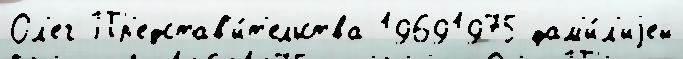
Ол'ег Пр'едстав'и́т'ельства 19691975 фам'и́л'иjей